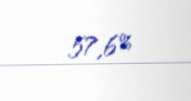
57,6%